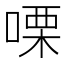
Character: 㗚